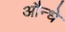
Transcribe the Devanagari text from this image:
औन्धे